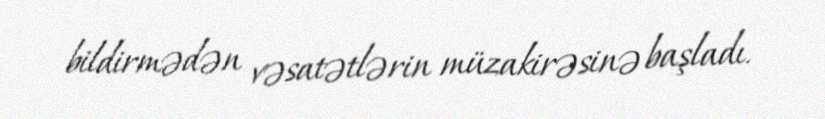
bildirmədən vəsatətlərin müzakirəsinə başladı.